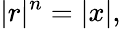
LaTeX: |r|^{n}=|x|,